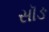
સૉઙ